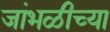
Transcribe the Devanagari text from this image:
जांभळीच्या